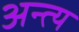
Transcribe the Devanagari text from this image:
अन्‍त्‍य